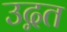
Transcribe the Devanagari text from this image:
उद्गत